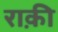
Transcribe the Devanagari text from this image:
राक़ी